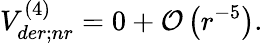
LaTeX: V_{der;nr}^{(4)}=0+{\cal O}\left(r^{-5}\right).